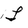
Character: L